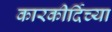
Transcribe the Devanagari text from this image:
कारकीर्दिच्या